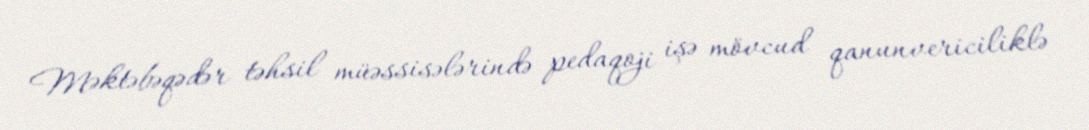
Məktəbəqədər təhsil müəssisələrində pedaqoji işə mövcud qanunvericiliklə